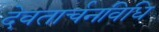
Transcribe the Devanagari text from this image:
देवतार्चनविधि